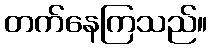
တက်နေကြသည်။